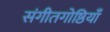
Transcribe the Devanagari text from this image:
संगीतगोष्ठियाँ